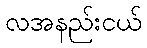
လအနည်းငယ်